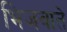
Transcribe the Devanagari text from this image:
भिजवाते